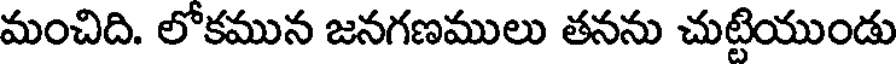
మంచిది. లోకమున జనగణములు తనను చుట్టియుండు